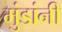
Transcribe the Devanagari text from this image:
मुंडांनी